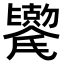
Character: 𫬯